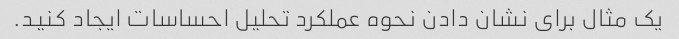
یک مثال برای نشان دادن نحوه عملکرد تحلیل احساسات ایجاد کنید.